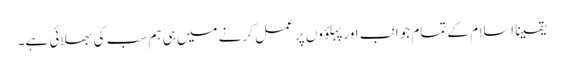
یقینا اسلام کے تمام جوانب اور پہلؤوں پر عمل کرنے میں ہی ہم سب کی بھلائی ہے۔